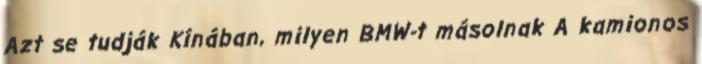
Azt se tudják Kínában, milyen BMW-t másolnak A kamionos